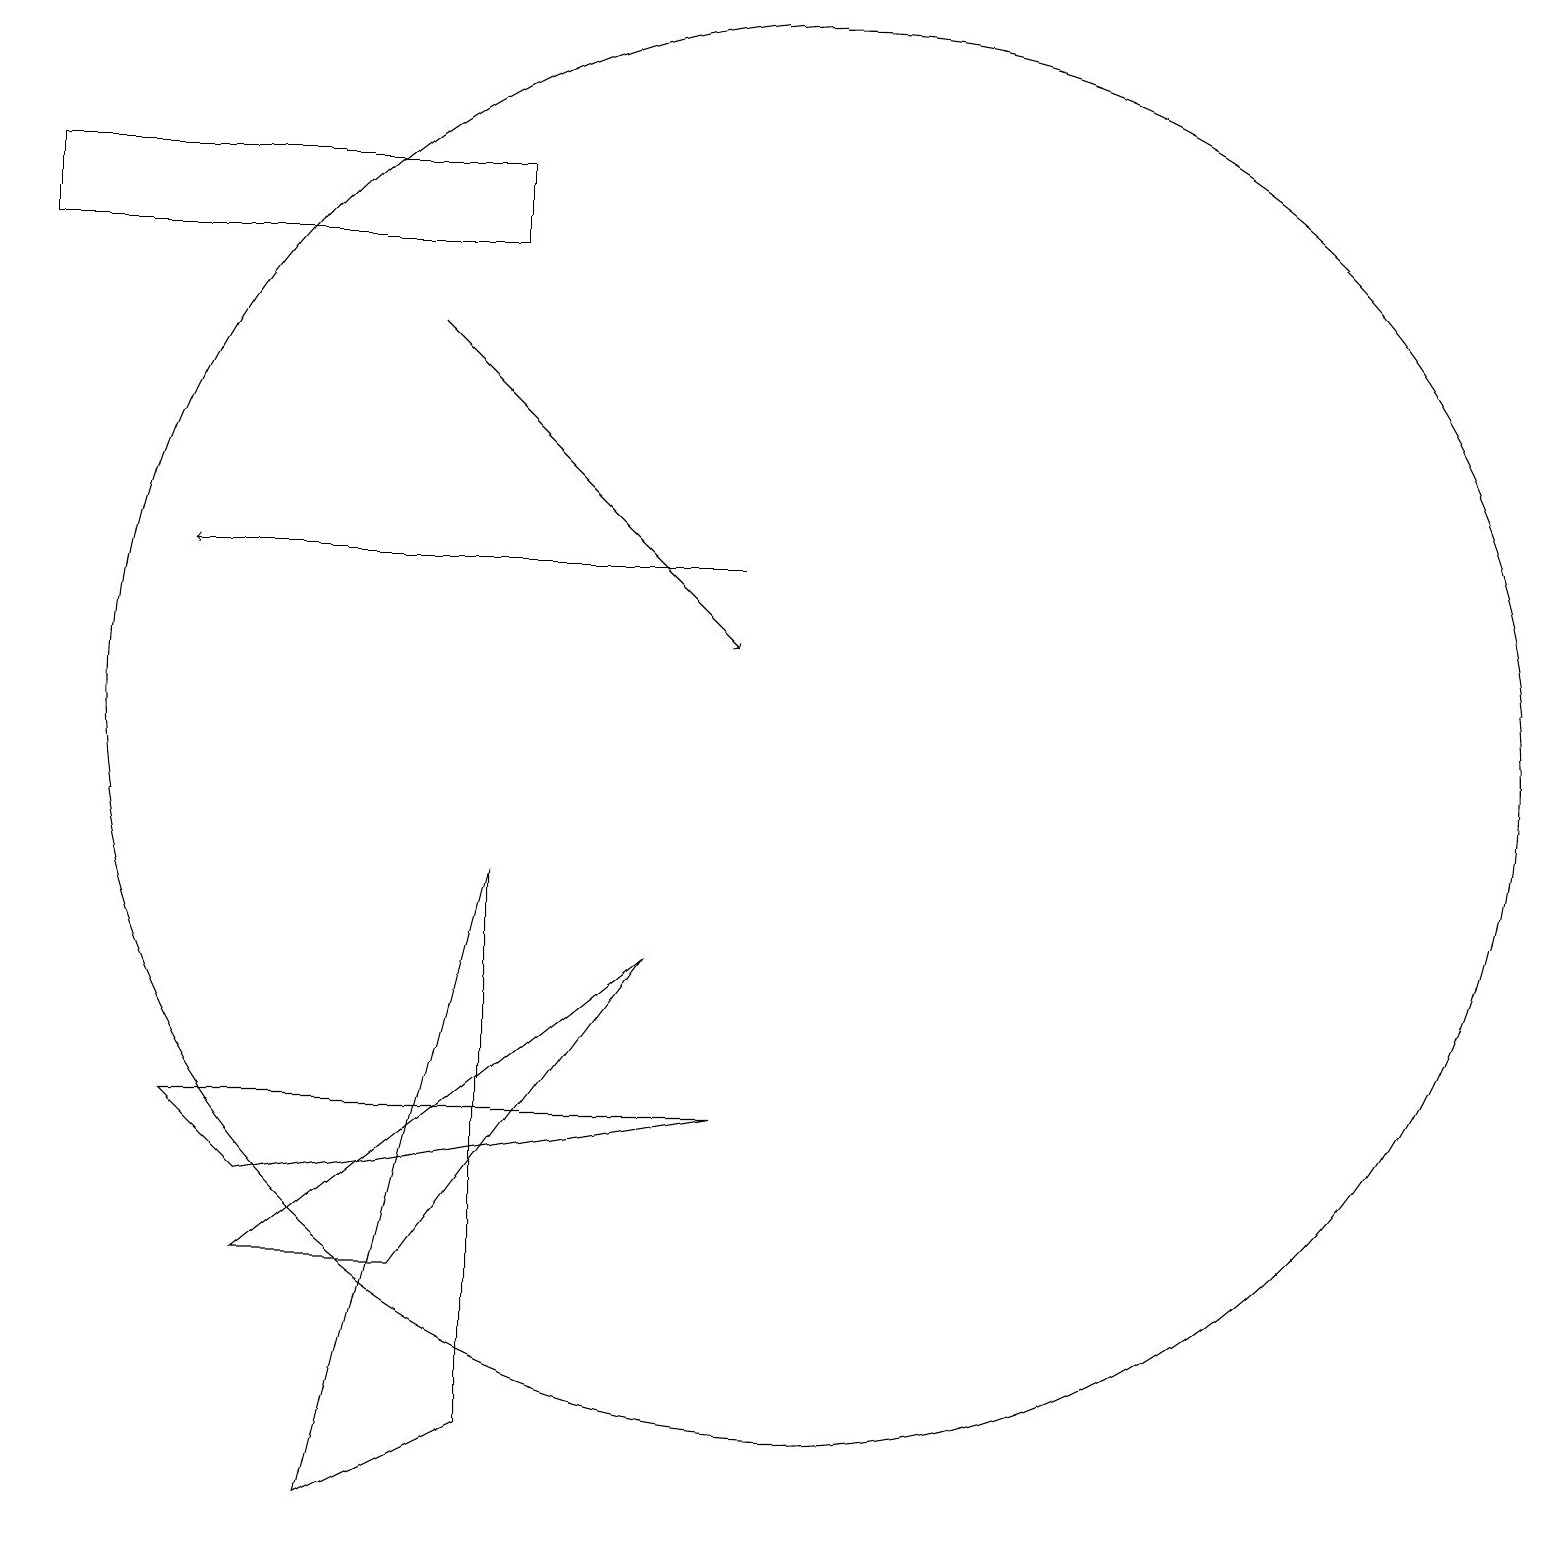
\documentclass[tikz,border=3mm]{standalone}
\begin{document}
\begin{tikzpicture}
\draw (10,11) circle (9);
\draw (8,8) -- (5,4) -- (3,4) -- cycle;
\draw (3,5) -- (2,6) -- (9,6) -- cycle;
\draw (0,18) rectangle (6,17);
\draw[->] (9,13) -- (2,13);
\draw (6,9) -- (6,2) -- (4,1) -- cycle;
\draw[->] (5,16) -- (9,12);
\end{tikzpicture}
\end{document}